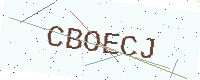
Text: CBOECJ